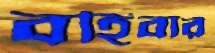
বহিবার